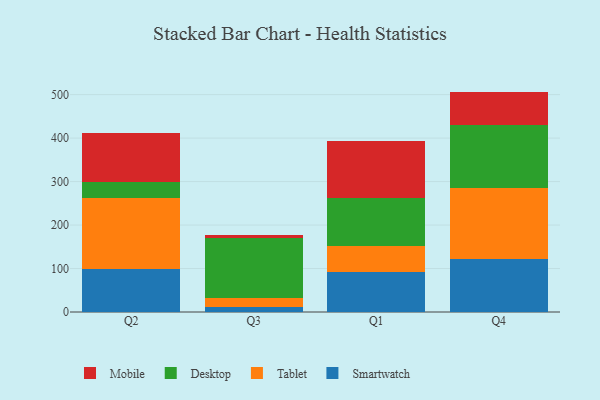
{"axis": {"x": "Quarter", "y": "Demand Index"}, "legend": ["Desktop", "Mobile", "Smartwatch", "Tablet"], "data": [{"x": "Q2", "y": 99.7, "type": "Smartwatch"}, {"x": "Q2", "y": 162.4, "type": "Tablet"}, {"x": "Q2", "y": 36.7, "type": "Desktop"}, {"x": "Q2", "y": 112.4, "type": "Mobile"}, {"x": "Q3", "y": 11.4, "type": "Smartwatch"}, {"x": "Q3", "y": 21.9, "type": "Tablet"}, {"x": "Q3", "y": 136.7, "type": "Desktop"}, {"x": "Q3", "y": 7.3, "type": "Mobile"}, {"x": "Q1", "y": 93.0, "type": "Smartwatch"}, {"x": "Q1", "y": 59.0, "type": "Tablet"}, {"x": "Q1", "y": 109.9, "type": "Desktop"}, {"x": "Q1", "y": 132.4, "type": "Mobile"}, {"x": "Q4", "y": 121.3, "type": "Smartwatch"}, {"x": "Q4", "y": 163.8, "type": "Tablet"}, {"x": "Q4", "y": 145.9, "type": "Desktop"}, {"x": "Q4", "y": 75.9, "type": "Mobile"}]}